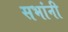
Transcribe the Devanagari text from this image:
सभांनी